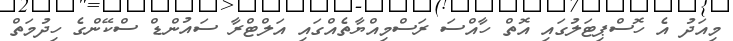
މިއަދު އެ ހޮސްޕިޓަލުގައި އޮތް ހާއްސަ ރަސްމިއްޔާތެއްގައި އަލްޓްރާ ސައުންޑް ސްކޭންގެ ހިދުމަތް